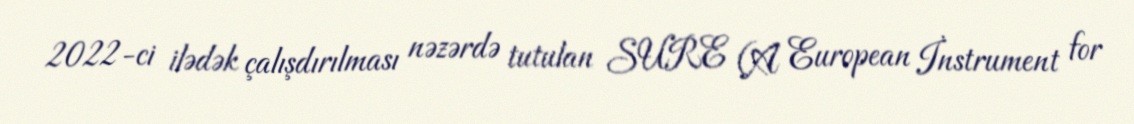
2022-ci ilədək çalışdırılması nəzərdə tutulan SURE (A European İnstrument for